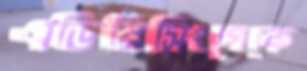
এডিরিসিংগেকে